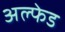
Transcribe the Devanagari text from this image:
अल्फेड